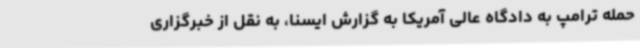
حمله ترامپ به دادگاه عالی آمریکا به گزارش ایسنا، به نقل از خبرگزاری